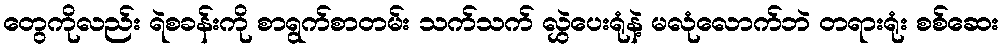
တွေကိုလည်း ရဲစခန်းကို စာရွက်စာတမ်း သက်သက် လွှဲပေးရုံနဲ့ မလုံလောက်ဘဲ တရားရုံး စစ်ဆေး